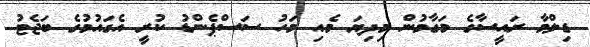
ޑިލްމާ ރައީސާގެ މަގާމުން މިދިޔަ މެއި މަހު ސަސްޕެންޑު ކުރީ އެގައުމުގެ ބަޖެޓު